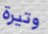
وتيرة